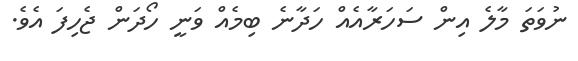
ނުވަތަ މާލެ އިން ސަހަރާއެއް ހަދާނެ ބިމެއް ވަނީ ހޯދަން ޖެހިފަ އެވެ.